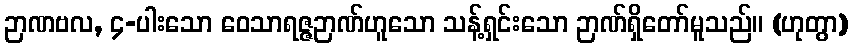
ဉာဏဗလ, ၄-ပါးသော ဝေသာရဇ္ဇဉာဏ်ဟူသော သန့်ရှင်းသော ဉာဏ်ရှိတော်မူသည်။ (ဟုတွာ)